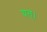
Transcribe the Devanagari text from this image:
यत्।